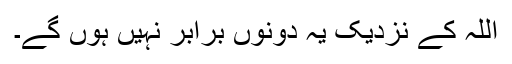
اللہ کے نزدیک یہ دونوں برابر نہیں ہوں گے۔